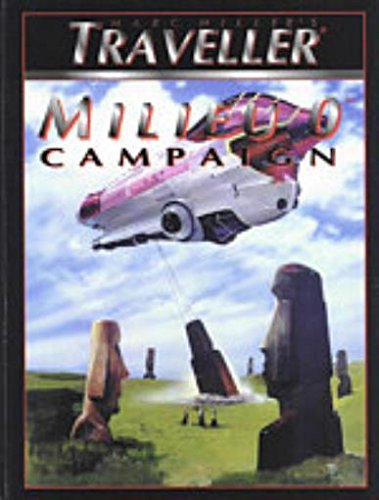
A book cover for Millieu O Campaign: Traveller Role Playing Game; Marc Miller; Science Fiction & Fantasy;